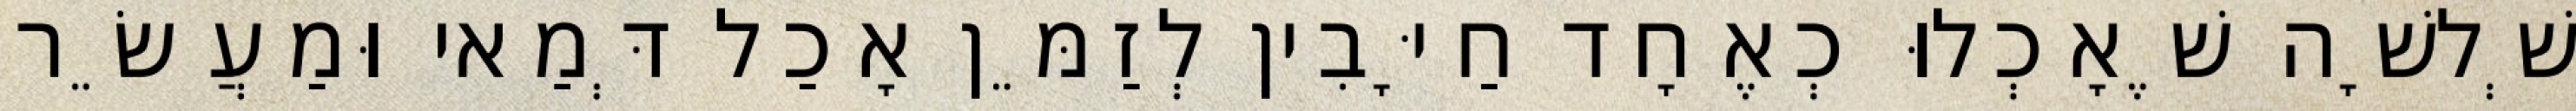
שְׁלשָׁה שֶׁאָכְלוּ כְאֶחָד חַיָּבִין לְזַמֵּן אָכַל דְּמַאי וּמַעֲשֵׂר